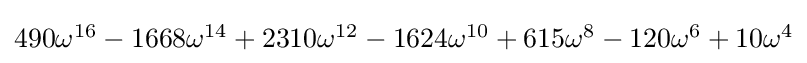
{\textstyle 490\omega ^{16}-1668\omega ^{14}+2310\omega ^{12}-1624\omega ^{10}+615\omega ^{8}-120\omega ^{6}+10\omega ^{4}}